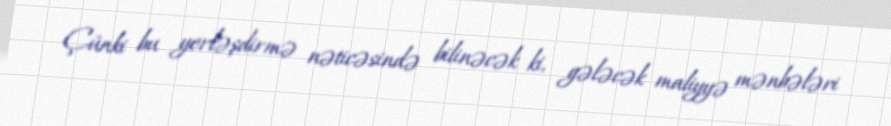
Çünki bu yerləşdirmə nəticəsində bilinəcək ki, gələcək maliyyə mənbələri